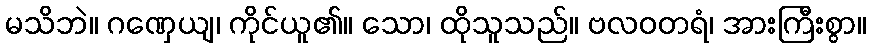
မသိဘဲ။ ဂဏှေယျ၊ ကိုင်ယူ၏။ သော၊ ထိုသူသည်။ ဗလဝတရံ၊ အားကြီးစွာ။